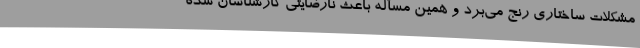
مشکلات ساختاری رنج می‌برد و همین مسأله باعث نارضایتی کارشناسان شده